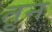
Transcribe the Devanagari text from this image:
तृन